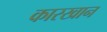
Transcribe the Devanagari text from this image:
कारखान